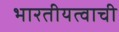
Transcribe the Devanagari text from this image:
भारतीयत्वाची